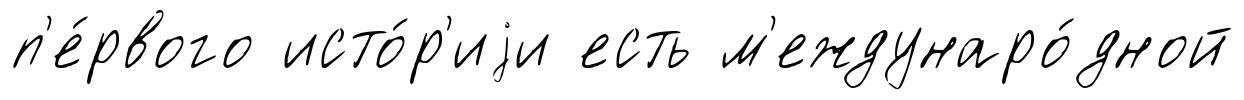
п'е́рвого исто́р'иjи есть м'еждунаро́дной